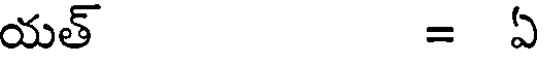
యత్ = ఏ